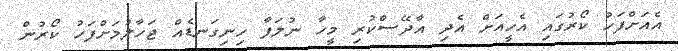
އެއަށްފަހު ކޯރުގައި އެހީއަށް އެދި އާދޭސްކުރި މީހާ ނުލަފާ ހިނިގަނޑެއް ޖަހާލުމަށްފަހު ކޯރުން